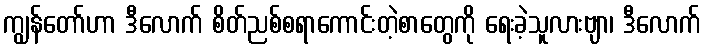
ကျွန်တော်ဟာ ဒီလောက် စိတ်ညစ်စရာကောင်းတဲ့စာတွေကို ရေးခဲ့သူလားဗျာ၊ ဒီလောက်